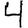
Digit: 4